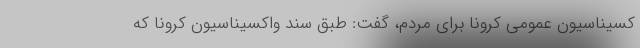
کسیناسیون عمومی کرونا برای مردم، گفت: طبق سند واکسیناسیون کرونا که